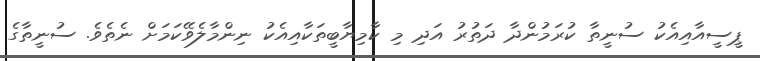
ޕީސީއާއިއެކު ސުނީތާ ކުރަމުންދާ ދަތުުރު އަދި މި ކާމިޔާބީތަކާއިއެކު ނިންމާލެވޭކަމަށް ނެތެވެ. ސުނީތާގެ